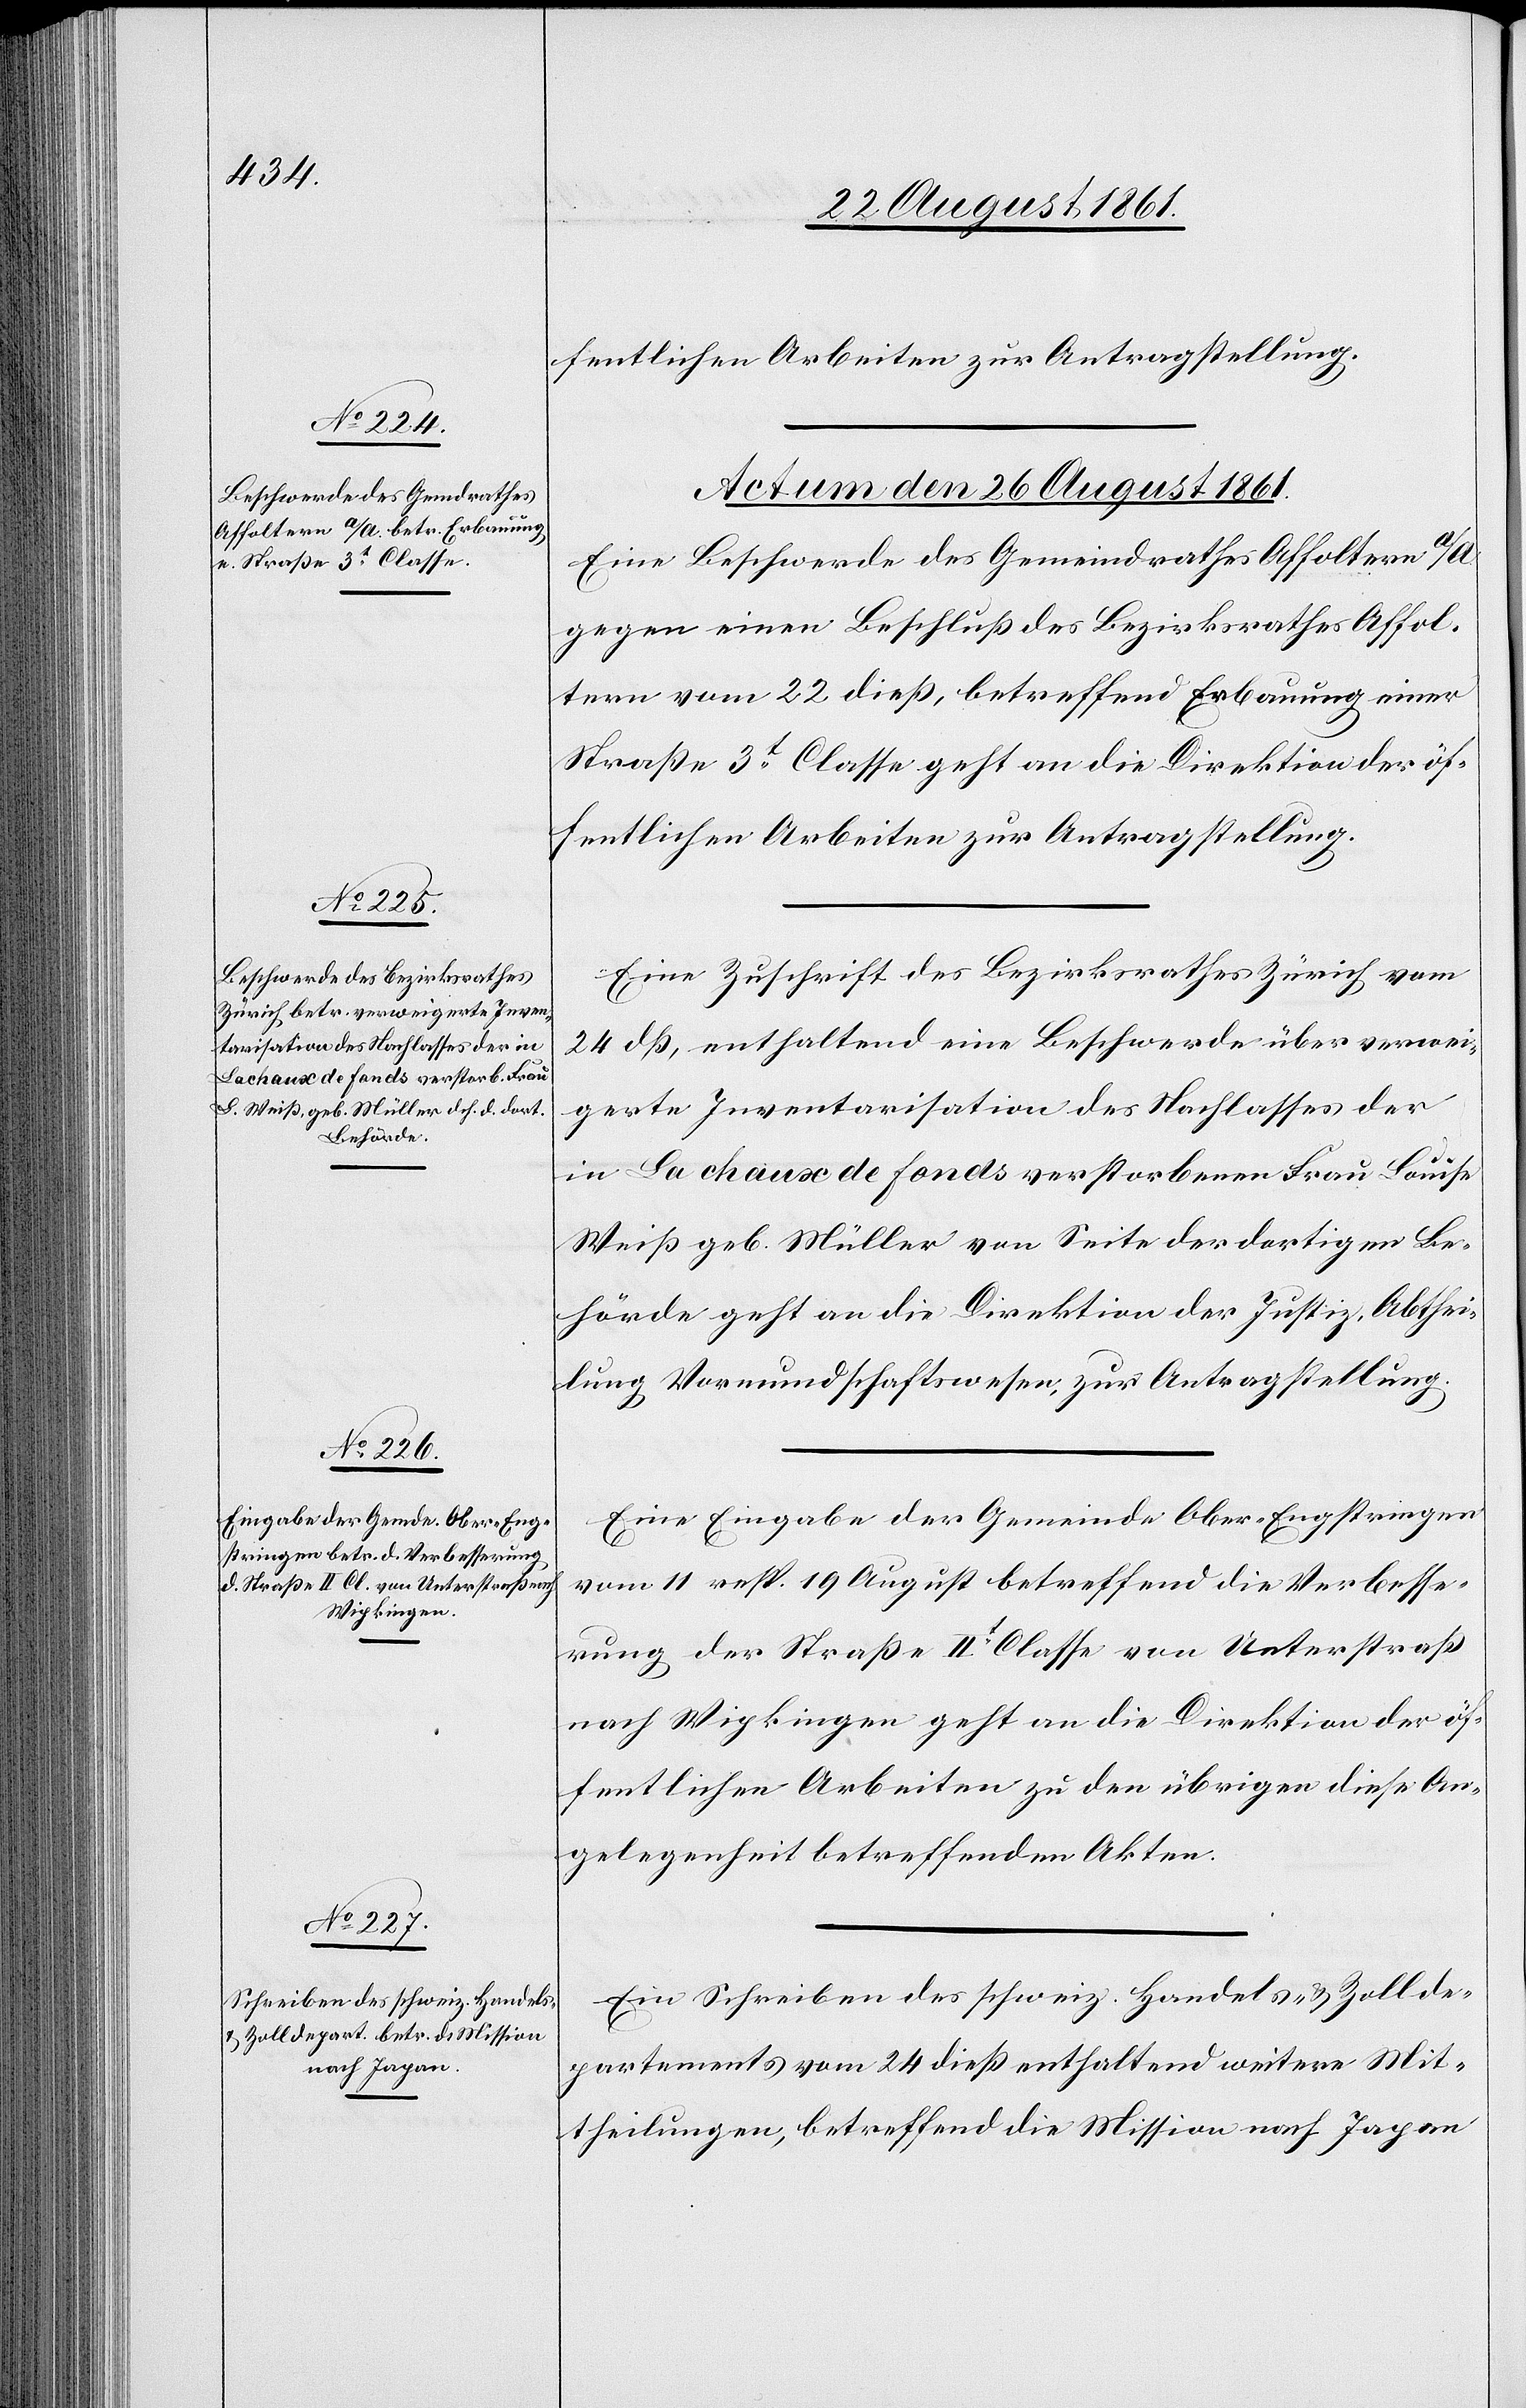
fentlichen Arbeiten zur Antragstellung.
Actum den 26 August 1861.]
Eine Beschwerde des Gemeindrathes Affoltern a/A.
gegen einen Beschluß des Bezirksrathes Affol¬
tern vom 22 dieß, betreffend Erbauung einer
Straße 3t Classe geht an die Direktion der öf¬
Eine Zuschrift des Bezirksrathes Zürich vom
24 dß, enthaltend eine Beschwerde über verwei¬
gerte Inventarisation des Nachlasses der
in La chaux de fonds verstorbenen Frau Louise
Weiß geb. Müller von Seite der dortigen Be¬
hörde geht an die Direktion der Justiz, Abthei¬
lung Vormundschaftswesen, zur Antragstellung.
Eine Eingabe der Gemeinde Ober-Engstringen
vom 11 resp. 19 August betreffend die Verbesse¬
rung der Straße IIt Classe von Unterstraß
nach Wipkingen geht an die Direktion der öf¬
fentlichen Arbeiten zu den übrigen diese An¬
gelegenheit betreffenden Akten.
Ein Schreiben des schweiz. Handel- u. Zollde¬
partements vom 24 dieß enthaltend weitere Mit¬
theilungen, betreffend die Mission nach Japan